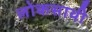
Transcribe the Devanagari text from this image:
लोकसाथी